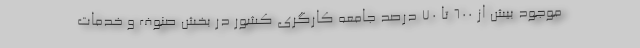
موجود بیش از 600 تا 70 درصد جامعه کارگری کشور در بخش صنوف و خدمات